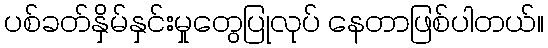
ပစ်ခတ်နှိမ်နှင်းမှုတွေပြုလုပ် နေတာဖြစ်ပါတယ်။